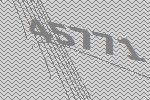
45771